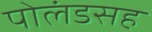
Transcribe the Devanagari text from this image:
पोलंडसह